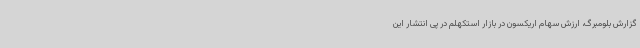
گزارش بلومبرگ، ارزش سهام اریکسون در بازار استکهلم در پی انتشار این